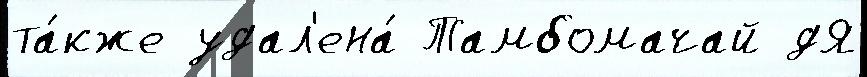
та́кже удал'ена́ Тамбомачай дЯ